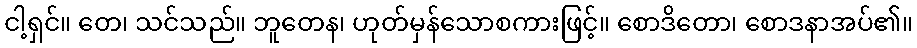
ငါ့ရှင်။ တေ၊ သင်သည်။ ဘူတေန၊ ဟုတ်မှန်သောစကားဖြင့်။ စောဒိတော၊ စောဒနာအပ်၏။